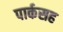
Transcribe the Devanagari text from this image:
पार्कसह